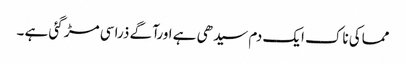
مماکی ناک ایک دم سیدھی ہے اورآگے ذرا سی مڑ گئی ہے ۔